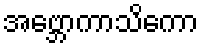
အဗ္ဘောကာသိကော